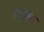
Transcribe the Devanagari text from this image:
ल्यूट्शबर्ग